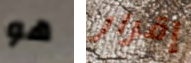
هو إقرار